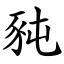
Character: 豘